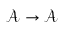
{ \mathcal { A } } \to { \mathcal { A } }